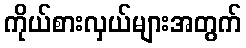
ကိုယ်စားလှယ်များအတွက်